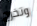
وتخرج